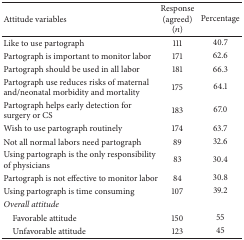
<table><thead><tr><td><b>Attitude variables </b></td><td><b>Response (agreed) (<i>n</i>)</b></td><td><b>Percentage </b></td></tr></thead><tbody><tr><td>Like to use partograph</td><td>111</td><td>40.7</td></tr><tr><td>Partograph is important to monitor labor </td><td>171</td><td>62.6</td></tr><tr><td>Partograph should be used in all labor</td><td>181</td><td>66.3</td></tr><tr><td>Partograph use reduces risks of maternal and/neonatal morbidity and mortality</td><td>175</td><td>64.1</td></tr><tr><td>Partograph helps early detection for surgery or CS</td><td>183</td><td>67.0</td></tr><tr><td>Wish to use partograph routinely </td><td>174</td><td>63.7</td></tr><tr><td>Not all normal labors need partograph </td><td>89</td><td>32.6</td></tr><tr><td>Using partograph is the only responsibility of physicians </td><td>83</td><td>30.4</td></tr><tr><td>Partograph is not effective to monitor labor</td><td>84</td><td>30.8</td></tr><tr><td>Using partograph is time consuming </td><td>107</td><td>39.2</td></tr><tr><td><i>Overall attitude </i></td><td> </td><td> </td></tr><tr><td> Favorable attitude </td><td>150</td><td>55</td></tr><tr><td> Unfavorable attitude </td><td>123</td><td>45</td></tr></tbody></table>